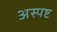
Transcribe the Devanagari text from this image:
अस्पष्ट